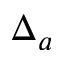
\Delta _ { a }